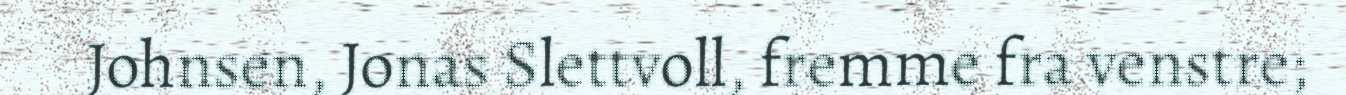
Johnsen, Jonas Slettvoll, fremme fra venstre;